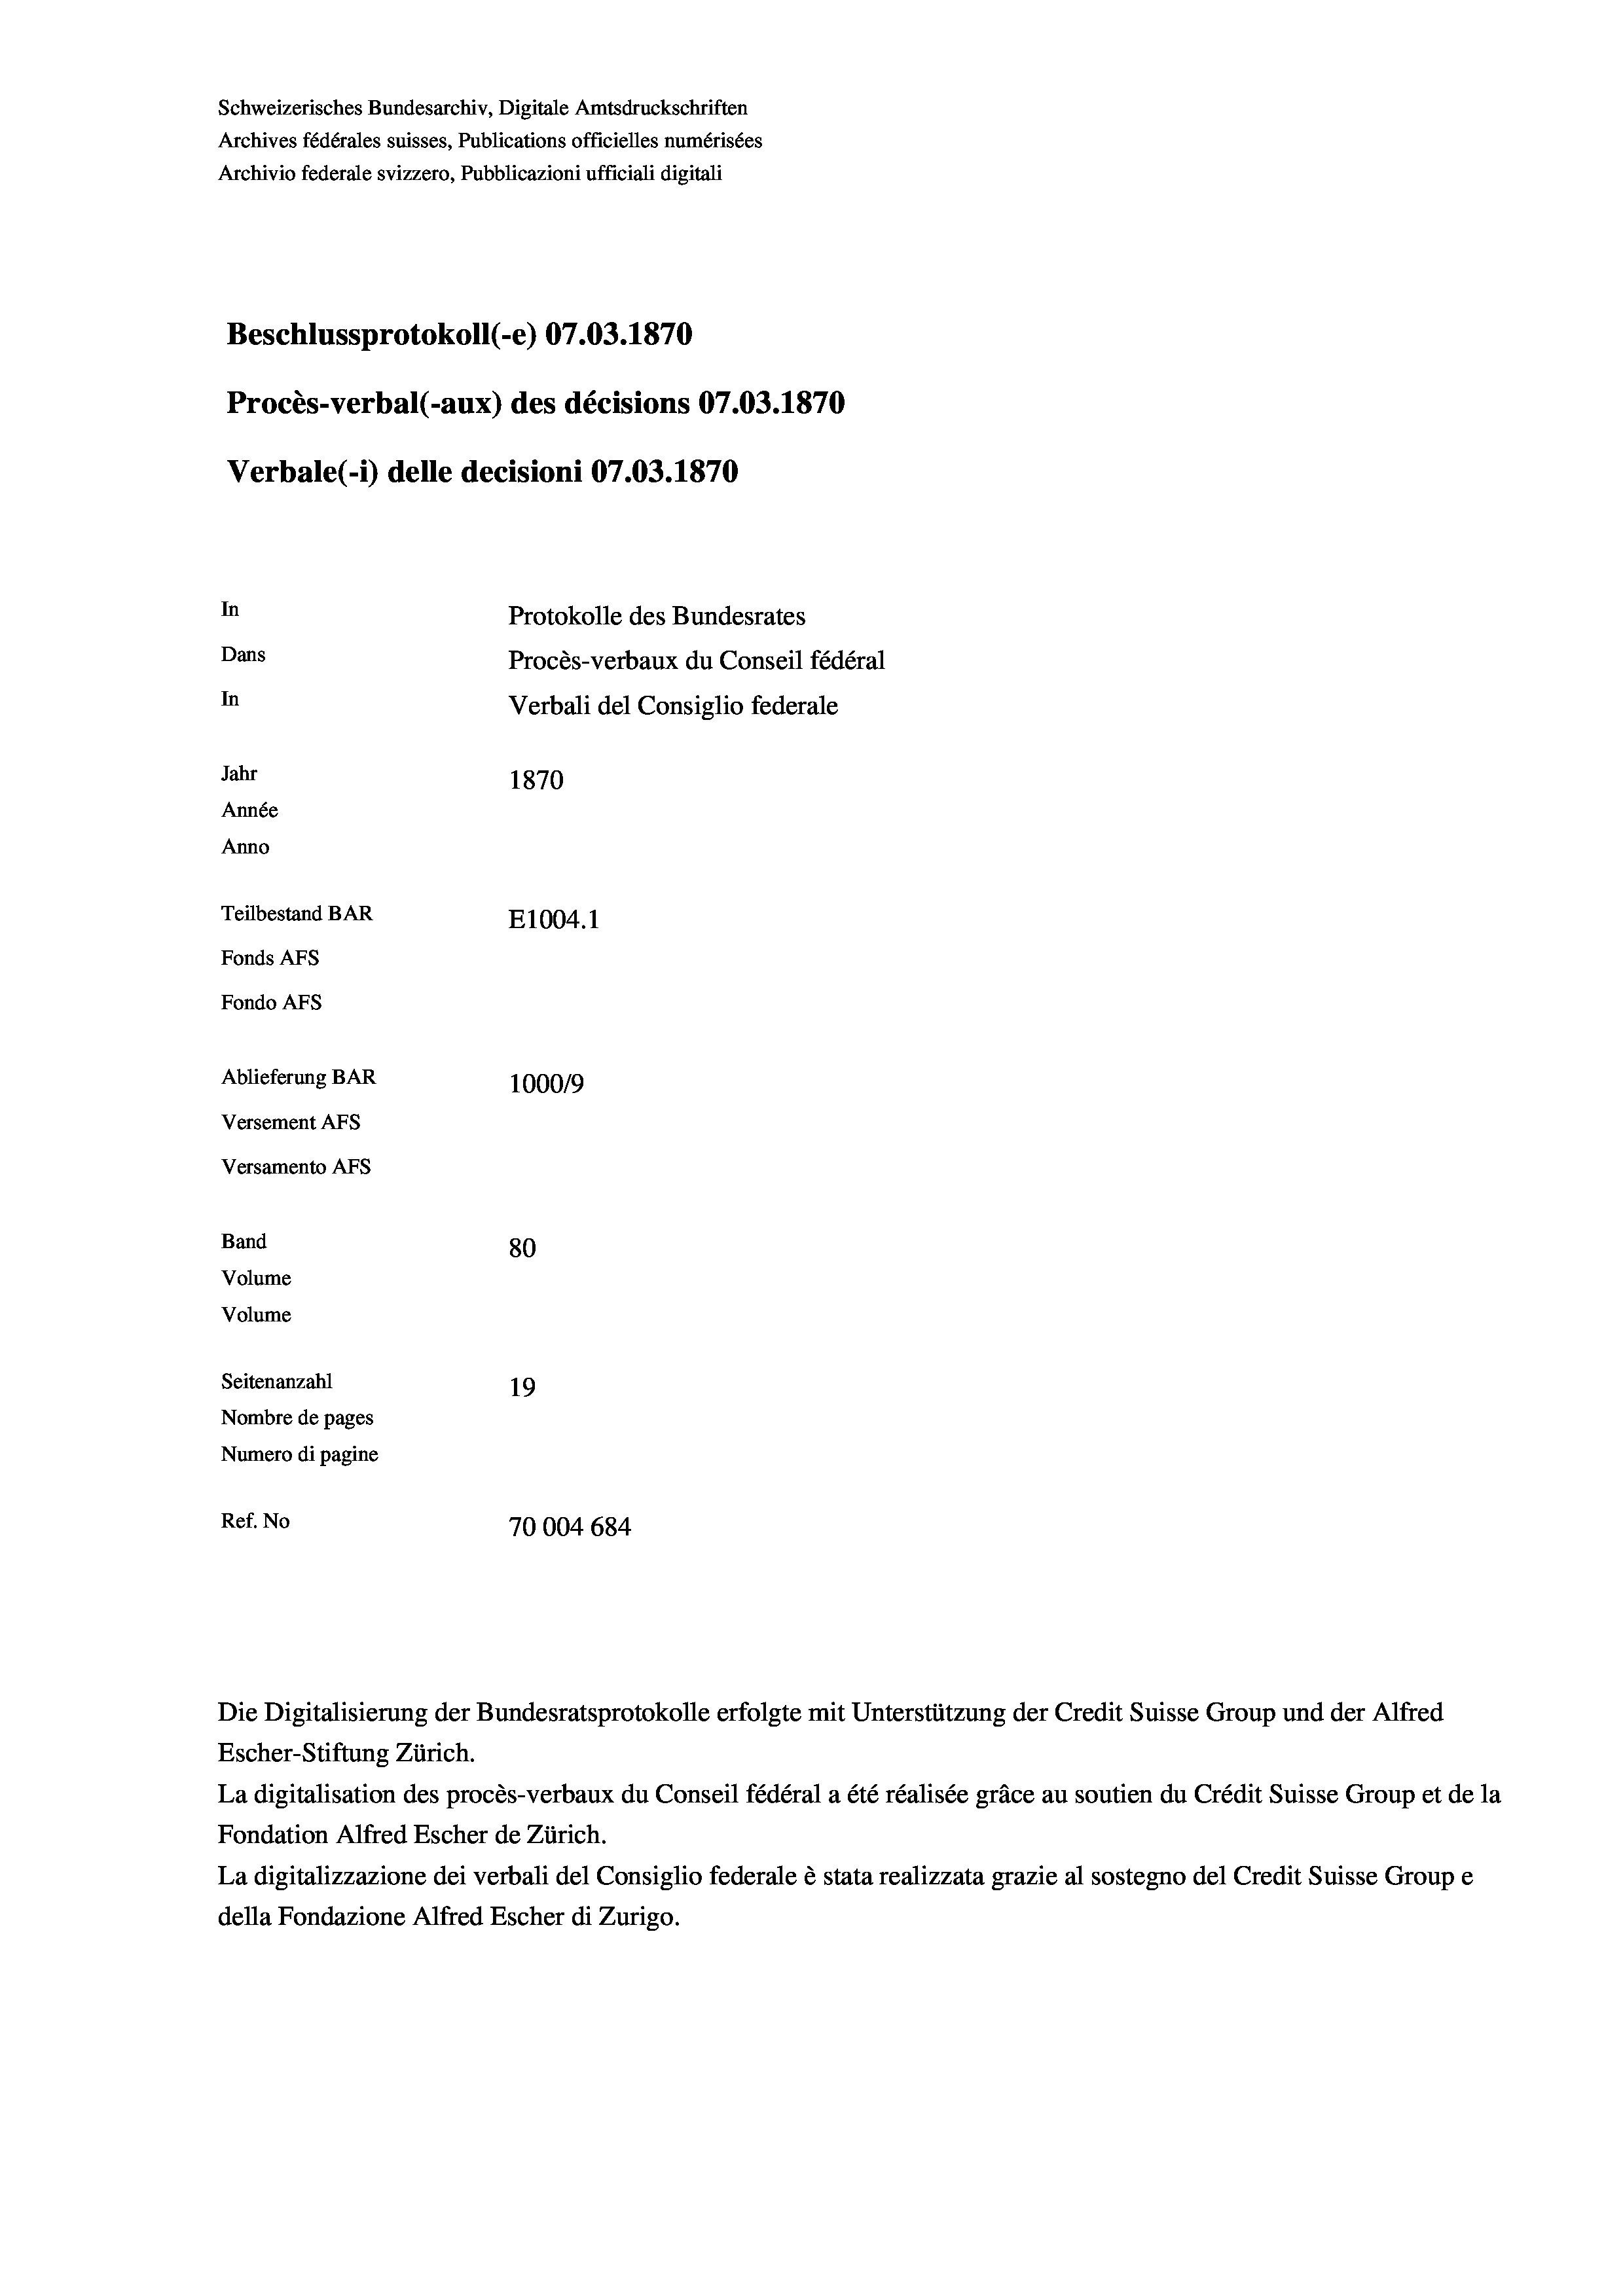
Schweizerisches Bundesarchiv, Digitale Amtsdruckschriften
Archives fédérales suisses, Publications officielles numérisées
Archivio federale svizzero, Pubblicazioni ufficiali digitali
Beschlussprotokoll (-e) 07.03. 1870
Procès-verbal (-aux) des décisions 07.03. 1870
Verbale (1) delle decisioni 07.03. 1870
In
Protokolle des Bundesrates
Dans
Procès-verbaux du Conseil fédéral
In
Verbali del Consiglio federale
Jahr
1870
Année
Anno
Teilbestand BAR
E1004.1
Fonds AFs
Fondo AFs
Ablieferung BAR
100019
Versement Abs
Versamento Afs
Band
80
Volume
Volume
Seitenanzahl
19
Nombre de pages
Numero di pagine
Ref. No
70004 684

La digitalisation des procès-verbaux du Conseil fédéral a été réalisée gräce au soutien du Crédit Suisse Group et de la
Fondation Alfred Escher de Zürich.
La digitalizzazione dei verbali del Consiglio federale è stata realizzata grazie al sostegno del Credit Suisse Groupe
della Fondazione Alfred Escher di Zurigo.

Die Digitalisierung der Bundesratsprotokolle erfolgte mit Unterstützung der Credit Suisse Group und der Alfred
Escher-Stiftung Zürich.